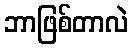
ဘာဖြစ်တာလဲ